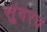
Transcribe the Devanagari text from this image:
सुंदरच